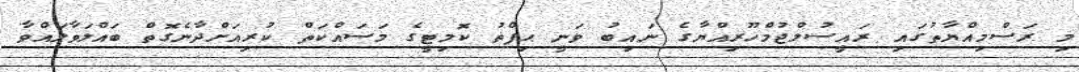
މި ރަސްމިއްޔާތުގައި ރައީސުލްޖުމްހޫރިއްޔާގެ ނައިބު ވަނީ ޙިފްޡު ކޮމިޓީގެ މަސައްކަތް ކުރިއަށްދާނެގޮތް ބައްލަވާލައްވާ